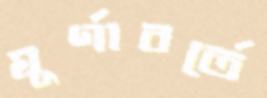
ঘূর্ণাবর্তে